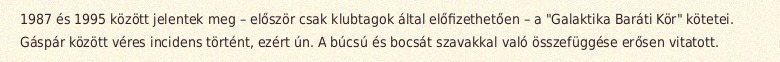
1987 és 1995 között jelentek meg – először csak klubtagok által előfizethetően – a "Galaktika Baráti Kör" kötetei. Gáspár között véres incidens történt, ezért ún. A búcsú és bocsát szavakkal való összefüggése erősen vitatott.